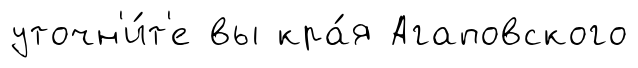
уточн'и́т'е вы кра́я Агаповского